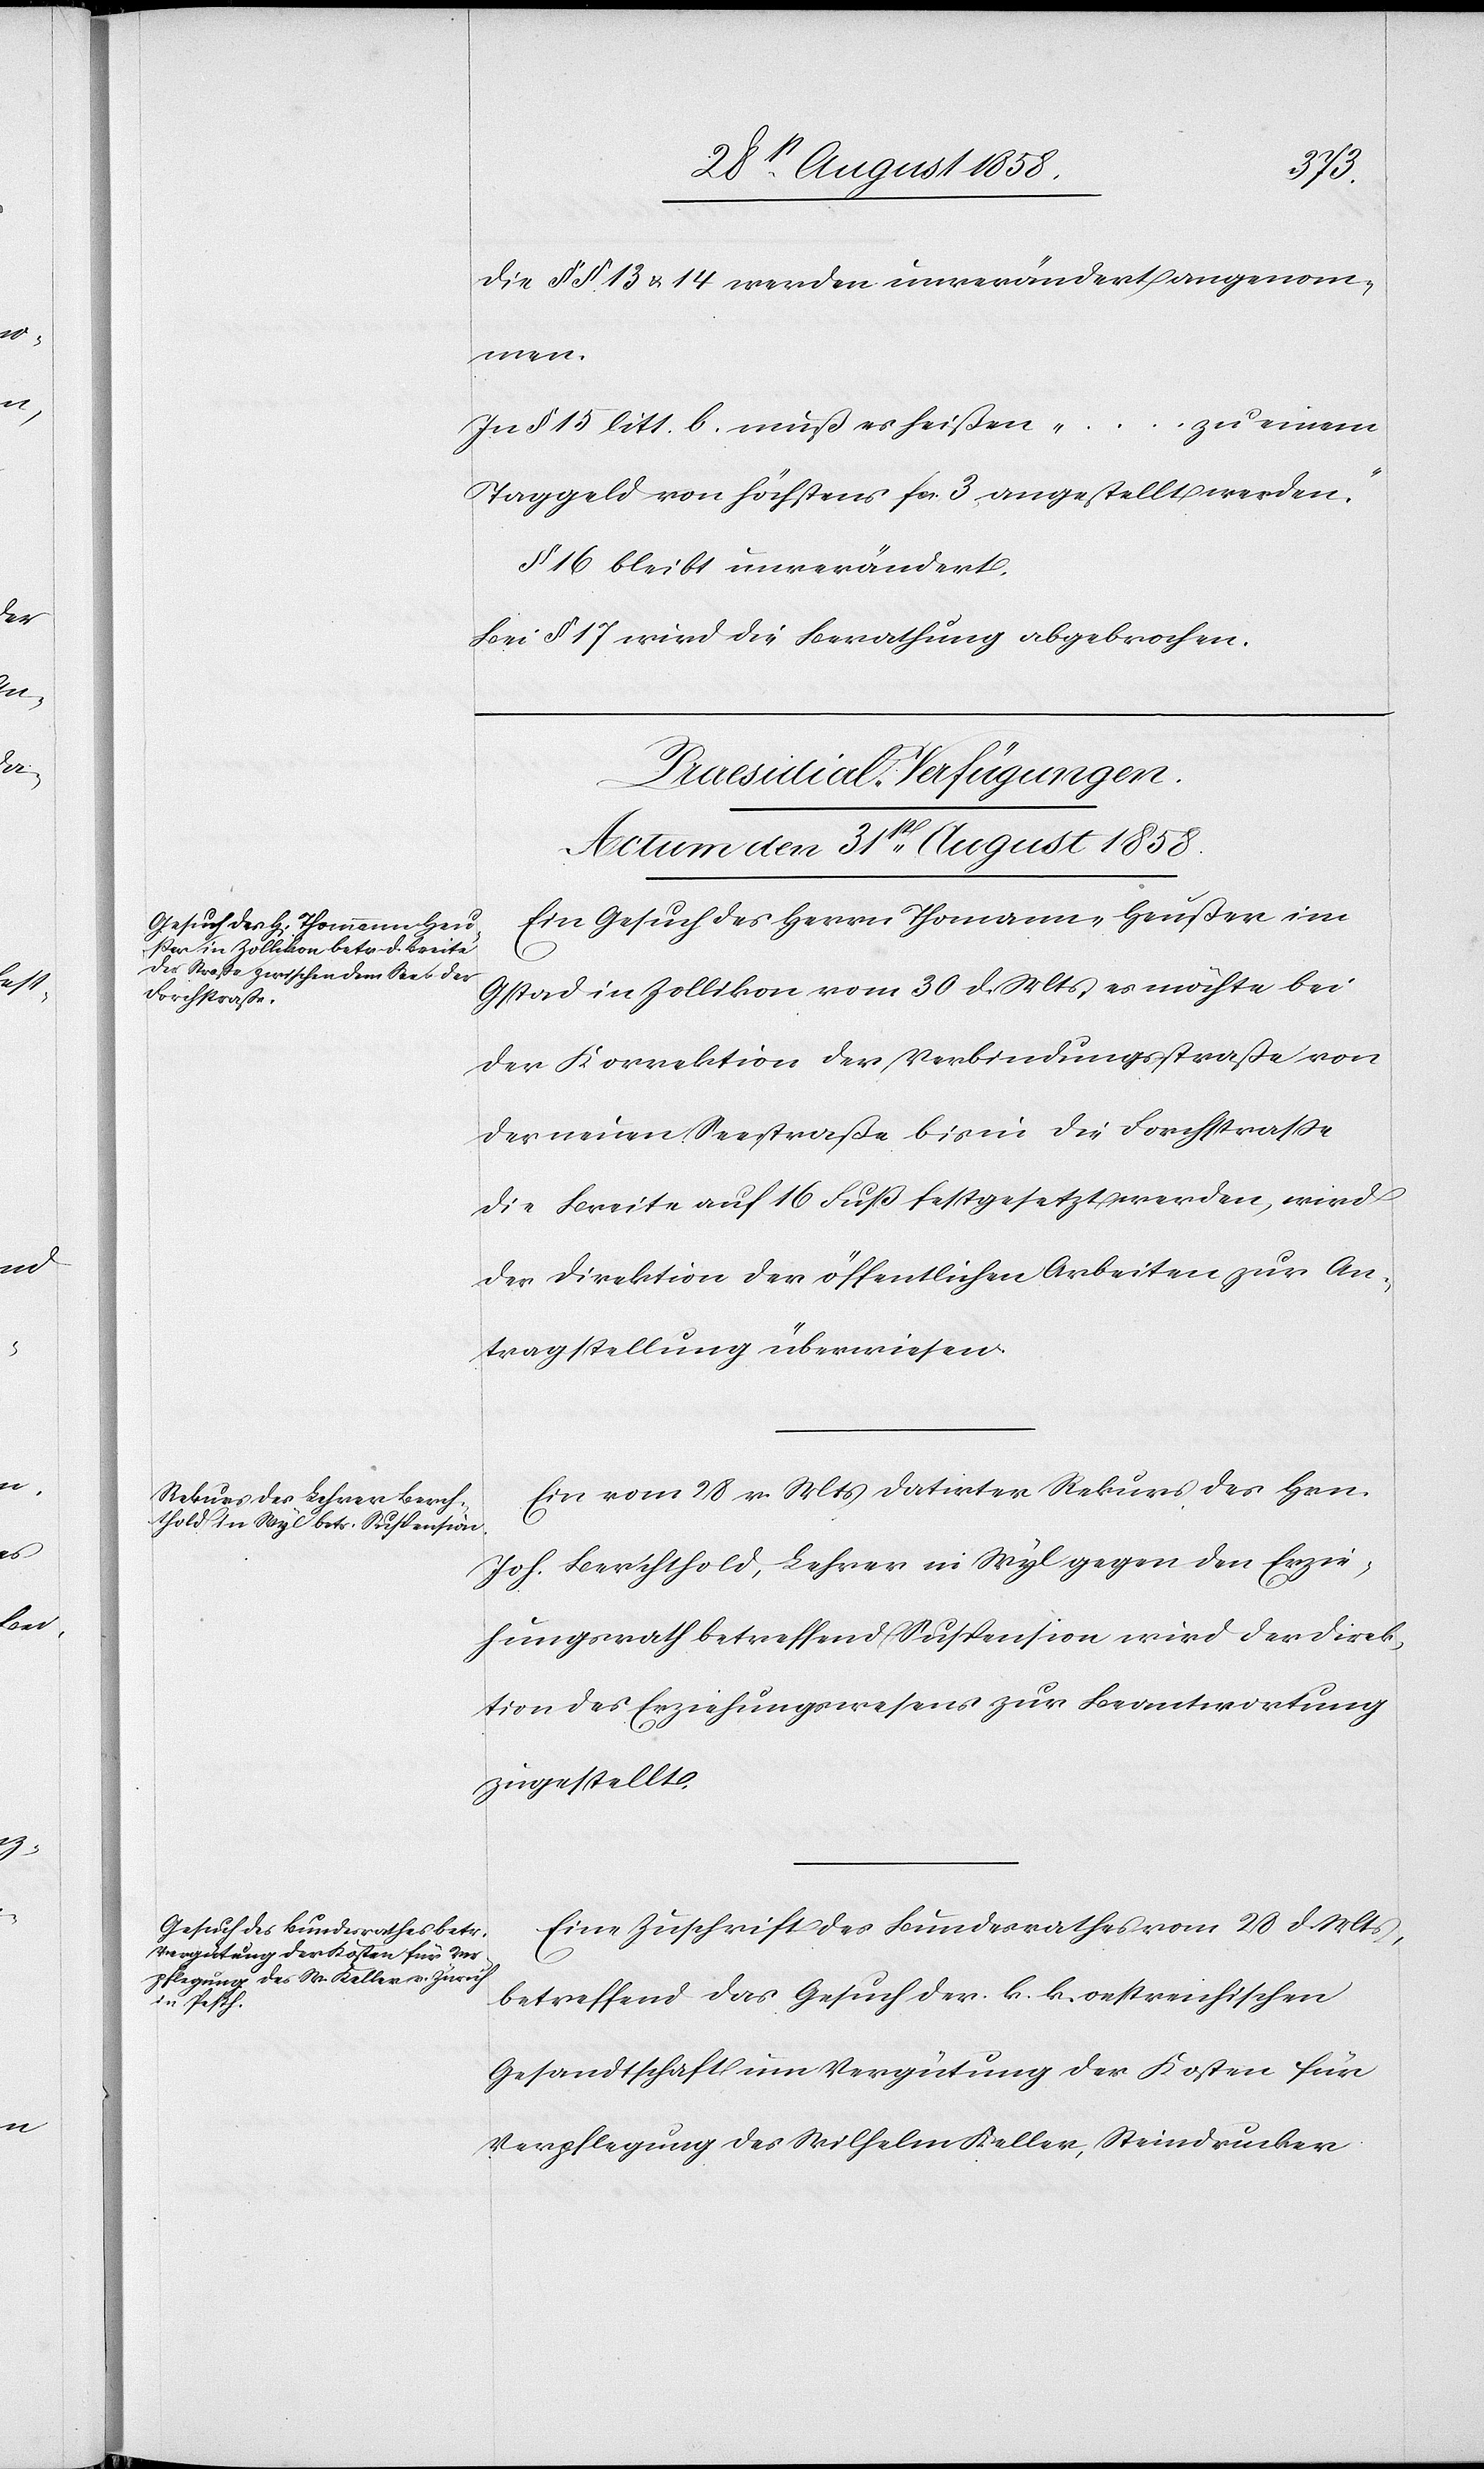
Die §§ 13 & 14 werden unverändert angenom¬
men.
In § 15 litt. b. muß es heißen „ … zu einem
Taggeld von höchstens fcs. 3 angestellt werden“.
§ 16 bleibt unverändert.
Bei § 17 wird die Berathung abgebrochen.
[Praesidial-Verfügungen.
Actum den 31st August 1858.]
Ein Gesuch des Herrn Thomann-Heußer im
Gstad in Zollikon vom 30 d. Mts, es möchte bei
der Korrektion der Verbindungsstraße von
der neuen Seestraße bis in die Forchstrasse
die Breite auf 16 Fuß festgesetzt werden, wird
der Direktion der öffentlichen Arbeiten zur An¬
tragstellung überwiesen.
Ein vom 28 v. Mts datirter Rekurs des Hrn.
Joh. Berchthold, Lehrer in Wyl gegen den Erzie¬
hungsrath betreffend Suspension wird der Direk¬
tion des Erziehungswesens zur Beantwortung
zugestellt.
Eine Zuschrift des Bundesrathes vom 28 d. Mts,
betreffend das Gesuch der k. k. oestreichischen
Gesandtschaft um Vergütung der Kosten für
Verpflegung des Wilhelm Keller, Steindrucker